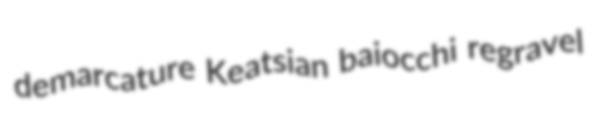
demarcature Keatsian baiocchi regravel